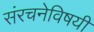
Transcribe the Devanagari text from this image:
संरचनेविषयी